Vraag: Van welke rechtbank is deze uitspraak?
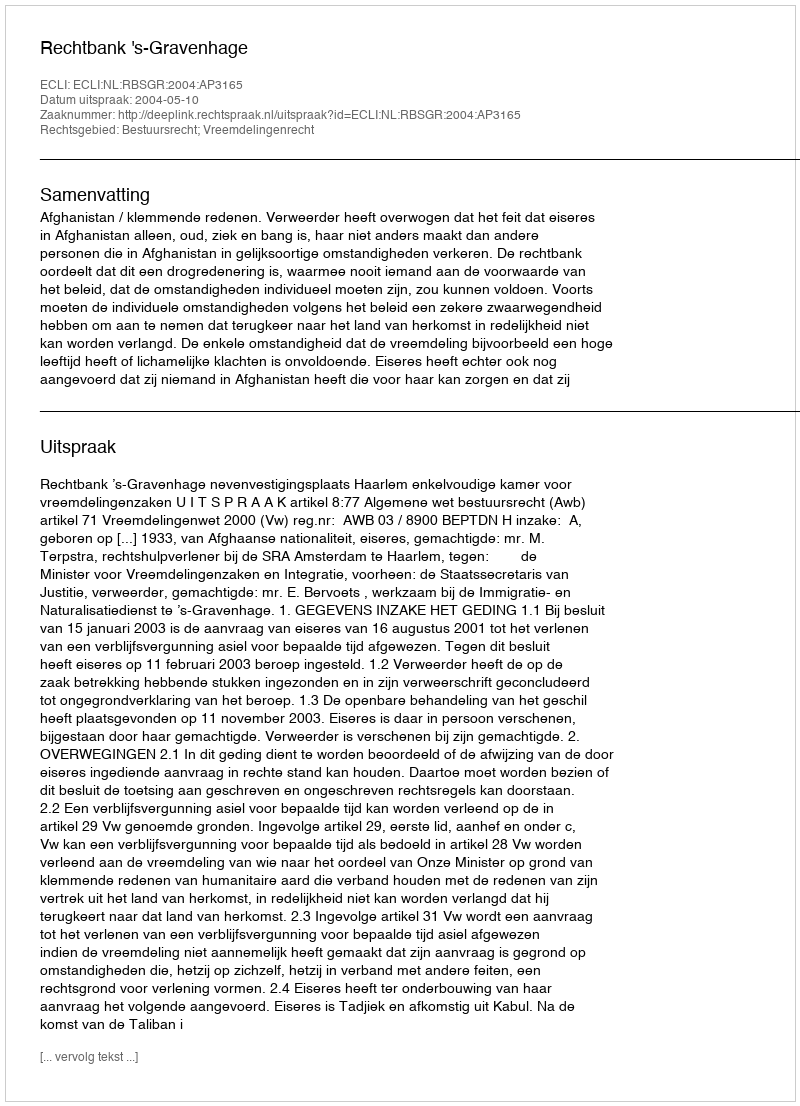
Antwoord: Rechtbank 's-Gravenhage